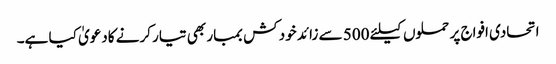
اتحادی افواج پر حملوں کیلئے 500 سے زائد خود کش بمبار بھی تیار کرنے کادعویٰ کیا ہے۔